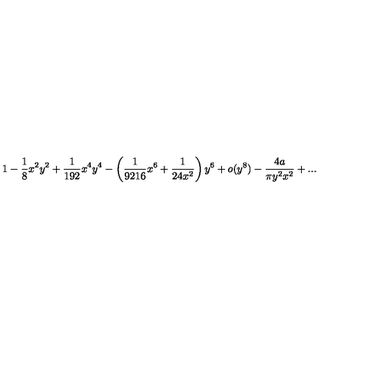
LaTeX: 1 - \frac { 1 } { 8 } x ^ { 2 } y ^ { 2 } + \frac { 1 } { 1 9 2 } x ^ { 4 } y ^ { 4 } - \left( \frac { 1 } { 9 2 1 6 } x ^ { 6 } + \frac { 1 } { 2 4 x ^ { 2 } } \right) y ^ { 6 } + o ( y ^ { 8 } ) - \frac { 4 a } { \pi y ^ { 2 } x ^ { 2 } } + . . .